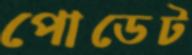
পোডেট